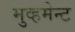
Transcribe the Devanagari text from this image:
मुव्हमेन्ट